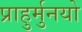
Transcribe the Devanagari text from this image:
प्राहुर्मुनयो